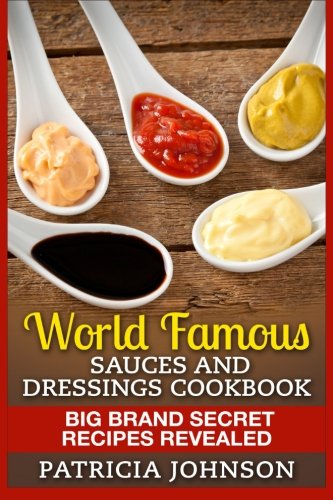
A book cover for World Famous Sauces and Dressings Cookbook: Big Brand Secret Recipes Revealed; Patricia Johnson; Cookbooks, Food & Wine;